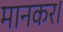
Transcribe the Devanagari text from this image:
मानकर।